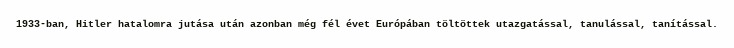
1933-ban, Hitler hatalomra jutása után azonban még fél évet Európában töltöttek utazgatással, tanulással, tanítással.